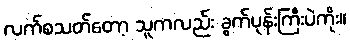
လက်စသတ်တော့ သူကလည်း ခွက်ပုန်းကြီးပဲကိုး။